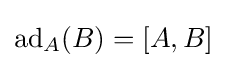
\operatorname {ad} _{A}(B)=[A,B]